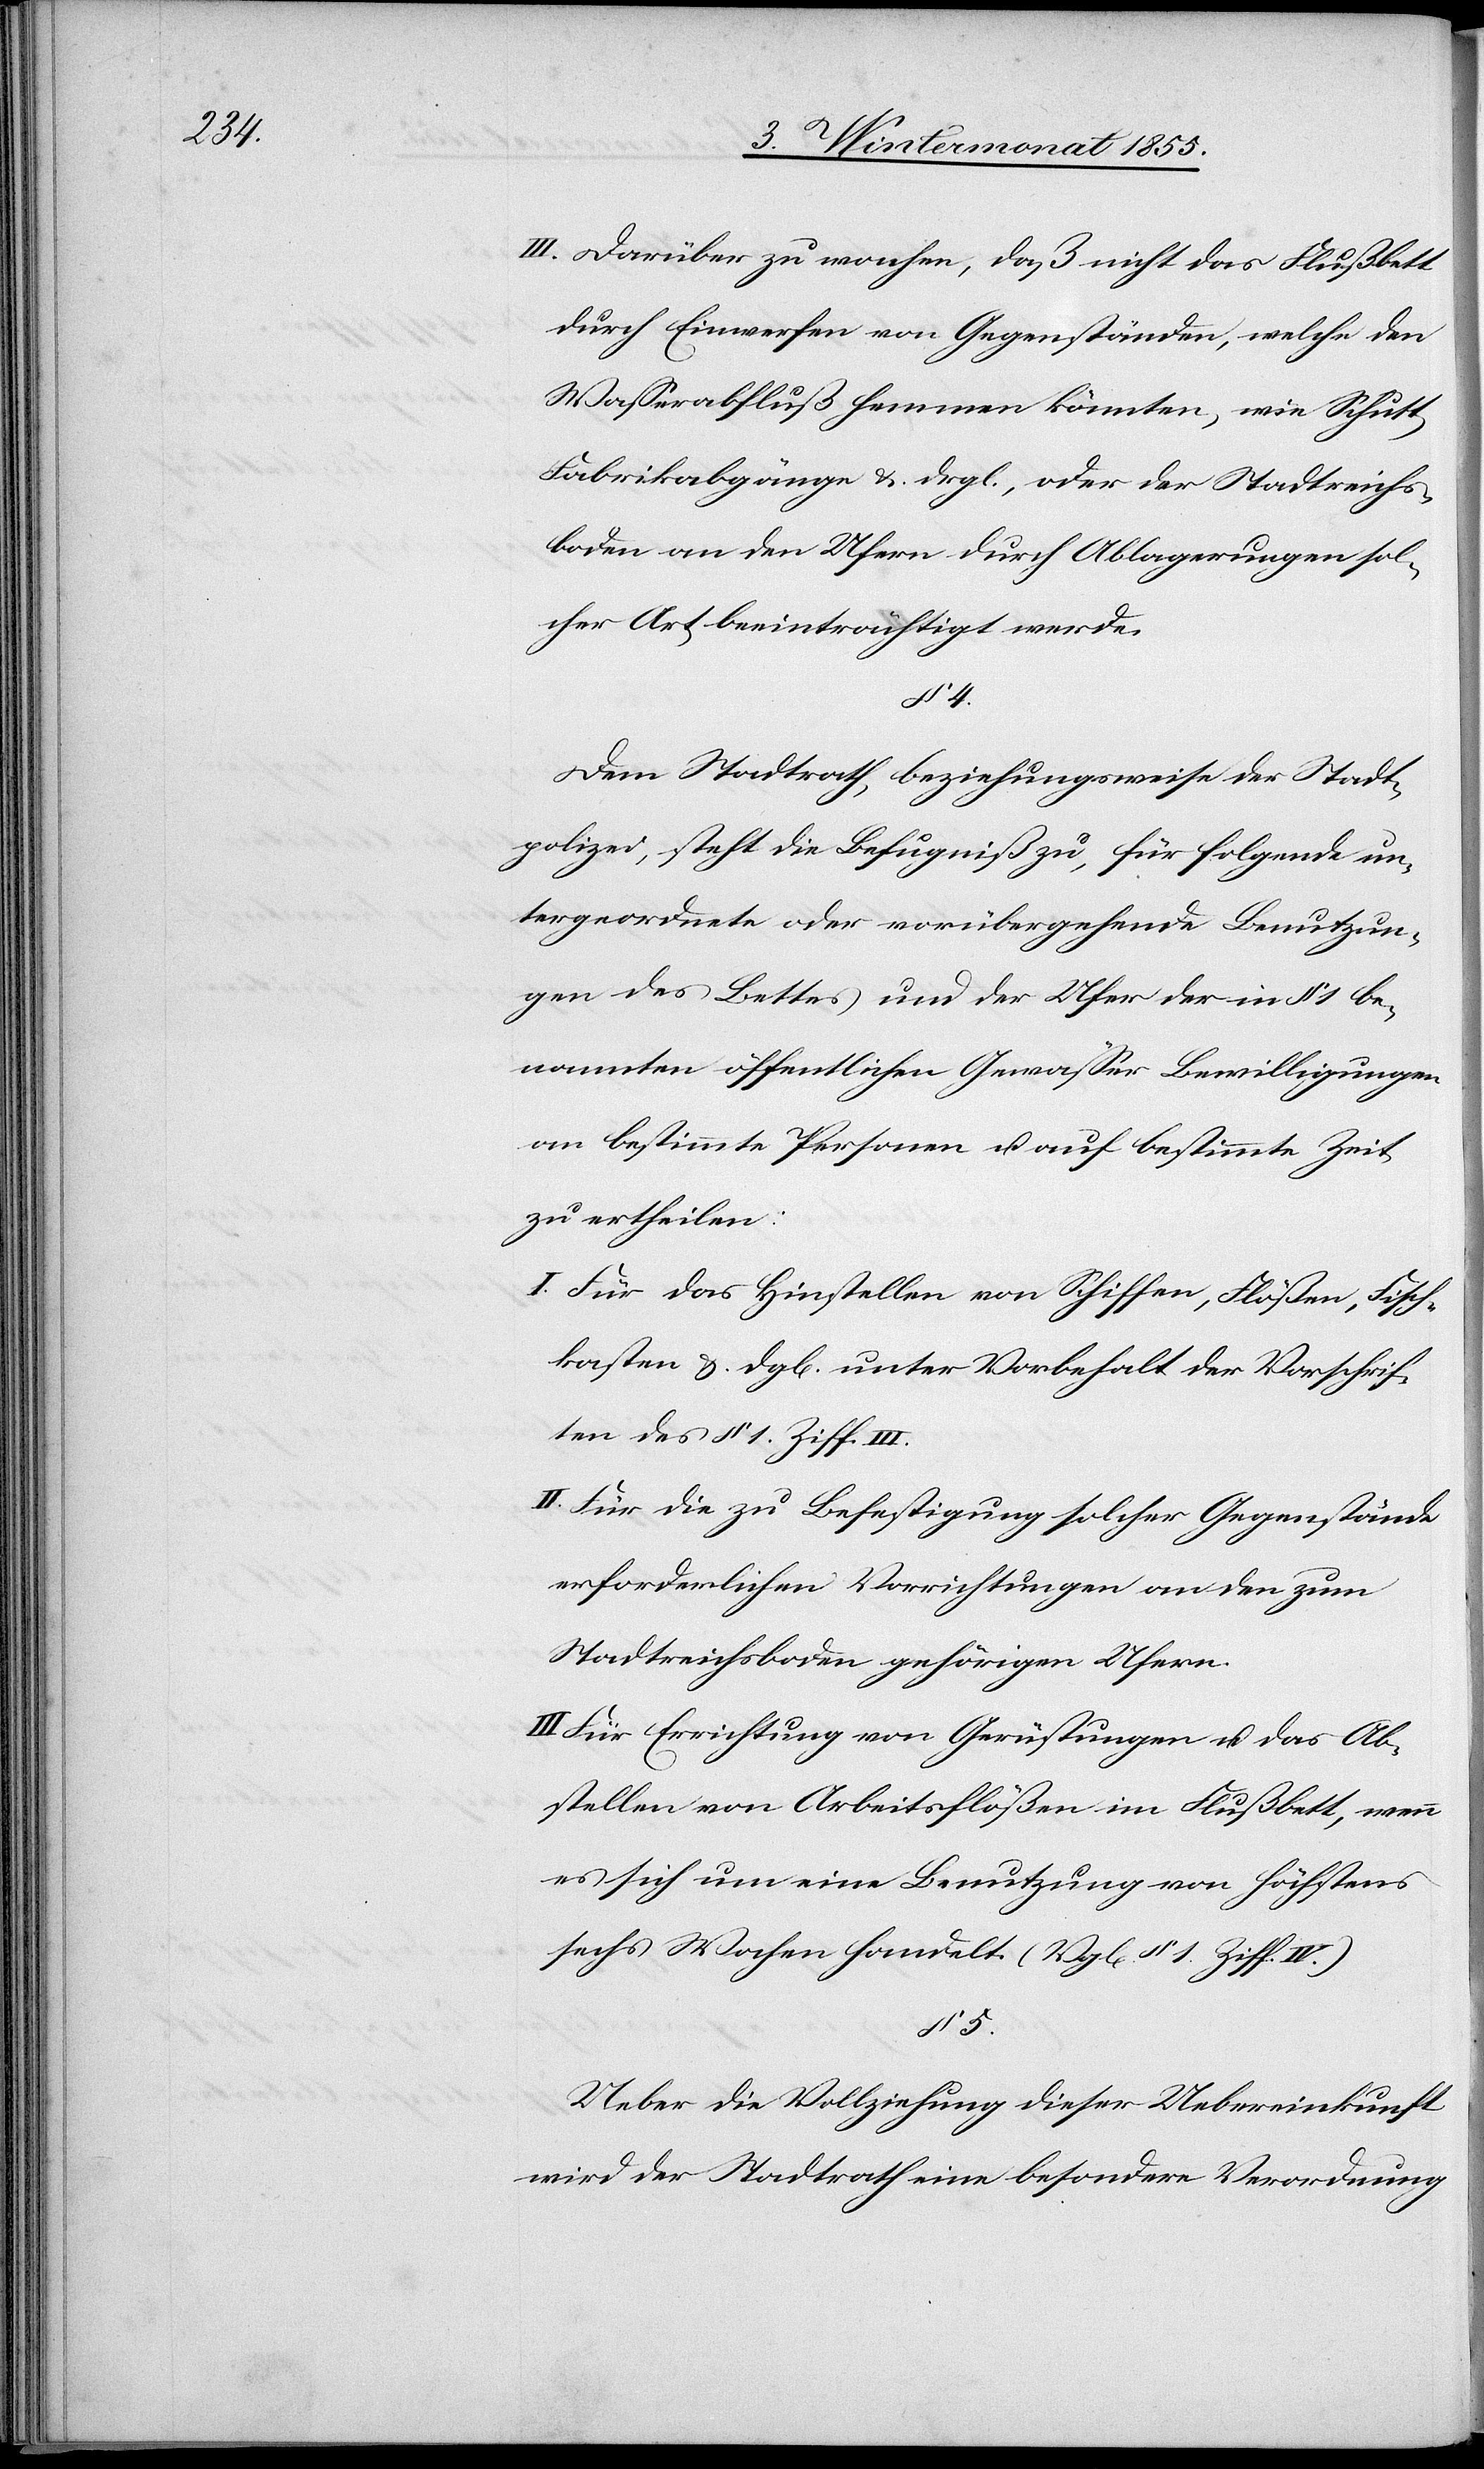
Darüber zu wachen, daß nicht das Flußbett
durch Einwerfen von Gegenständen, welche den
Wasserabfluß hemmen könnten, wie Schutt,
Fabrikabgänge &. drgl., oder der Stadtreichs¬
boden an den Ufern durch Ablagerungen sol¬
cher Art beeinträchtigt werde.
§ 4.
Dem Stadtrath beziehungsweise der Stadt¬
polizei, steht die Befugniß zu, für folgende un¬
tergeordnete oder vorübergehende Benutzun¬
gen des Bettes und der Ufer der in § 1 be¬
nannten öffentlichen Gewässer Bewilligungen
an bestimmte Personen u. auf bestimmte Zeit
zu ertheilen:
Für das Hinstellen von Schiffen, Flößen, Fisch¬
kasten &. dgl[eichen] unter Vorbehalt der Vorschrif¬
ten des § 1. Ziff. III.
Für die zu Befestigung solcher Gegenstände
erforderlichen Vorrichtungen an den zum
Stadtreichsboden gehörigen Ufern.
Für Errichtung von Gerüstungen u. das Ab¬
stellen von Arbeitsflößen im Flußbett, wenn
es sich um eine Benutzung von höchstens
sechs Wochen handelt. (Vgl[eiche] § 1. Ziff. IV.)
§ 5.
Ueber die Vollziehung dieser Uebereinkunft
wird der Stadtrath eine besondere Verordnung